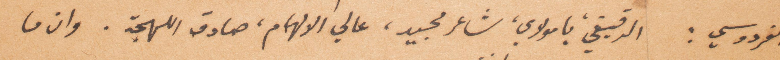
الفردوسي: الدقيقي يا مولاي، شاعر مجيد، عالي الالهام، صادق اللهجة، وان ما